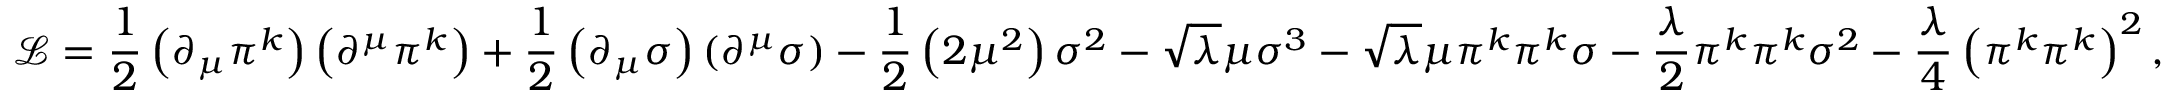
{ \mathcal { L } } = { \frac { 1 } { 2 } } \left( \partial _ { \mu } \pi ^ { k } \right) \left( \partial ^ { \mu } \pi ^ { k } \right) + { \frac { 1 } { 2 } } \left( \partial _ { \mu } \sigma \right) \left( \partial ^ { \mu } \sigma \right) - { \frac { 1 } { 2 } } \left( 2 \mu ^ { 2 } \right) \sigma ^ { 2 } - { \sqrt { \lambda } } \mu \sigma ^ { 3 } - { \sqrt { \lambda } } \mu \pi ^ { k } \pi ^ { k } \sigma - { \frac { \lambda } { 2 } } \pi ^ { k } \pi ^ { k } \sigma ^ { 2 } - { \frac { \lambda } { 4 } } \left( \pi ^ { k } \pi ^ { k } \right) ^ { 2 } ,